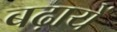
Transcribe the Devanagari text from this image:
बढ़ायें